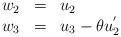
LaTeX: \begin{align*}\begin{array}{lcl}w_2&=&u_{2}\\w_3&=&u_{3}-\theta u_{2}^{'}\end{array}\end{align*}